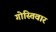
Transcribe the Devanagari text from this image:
गोस्तिवार